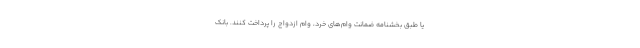
یا طبق بخشنامه ضمانت وام‌های خرد، وام ازدواج را پرداخت کنند. بانک